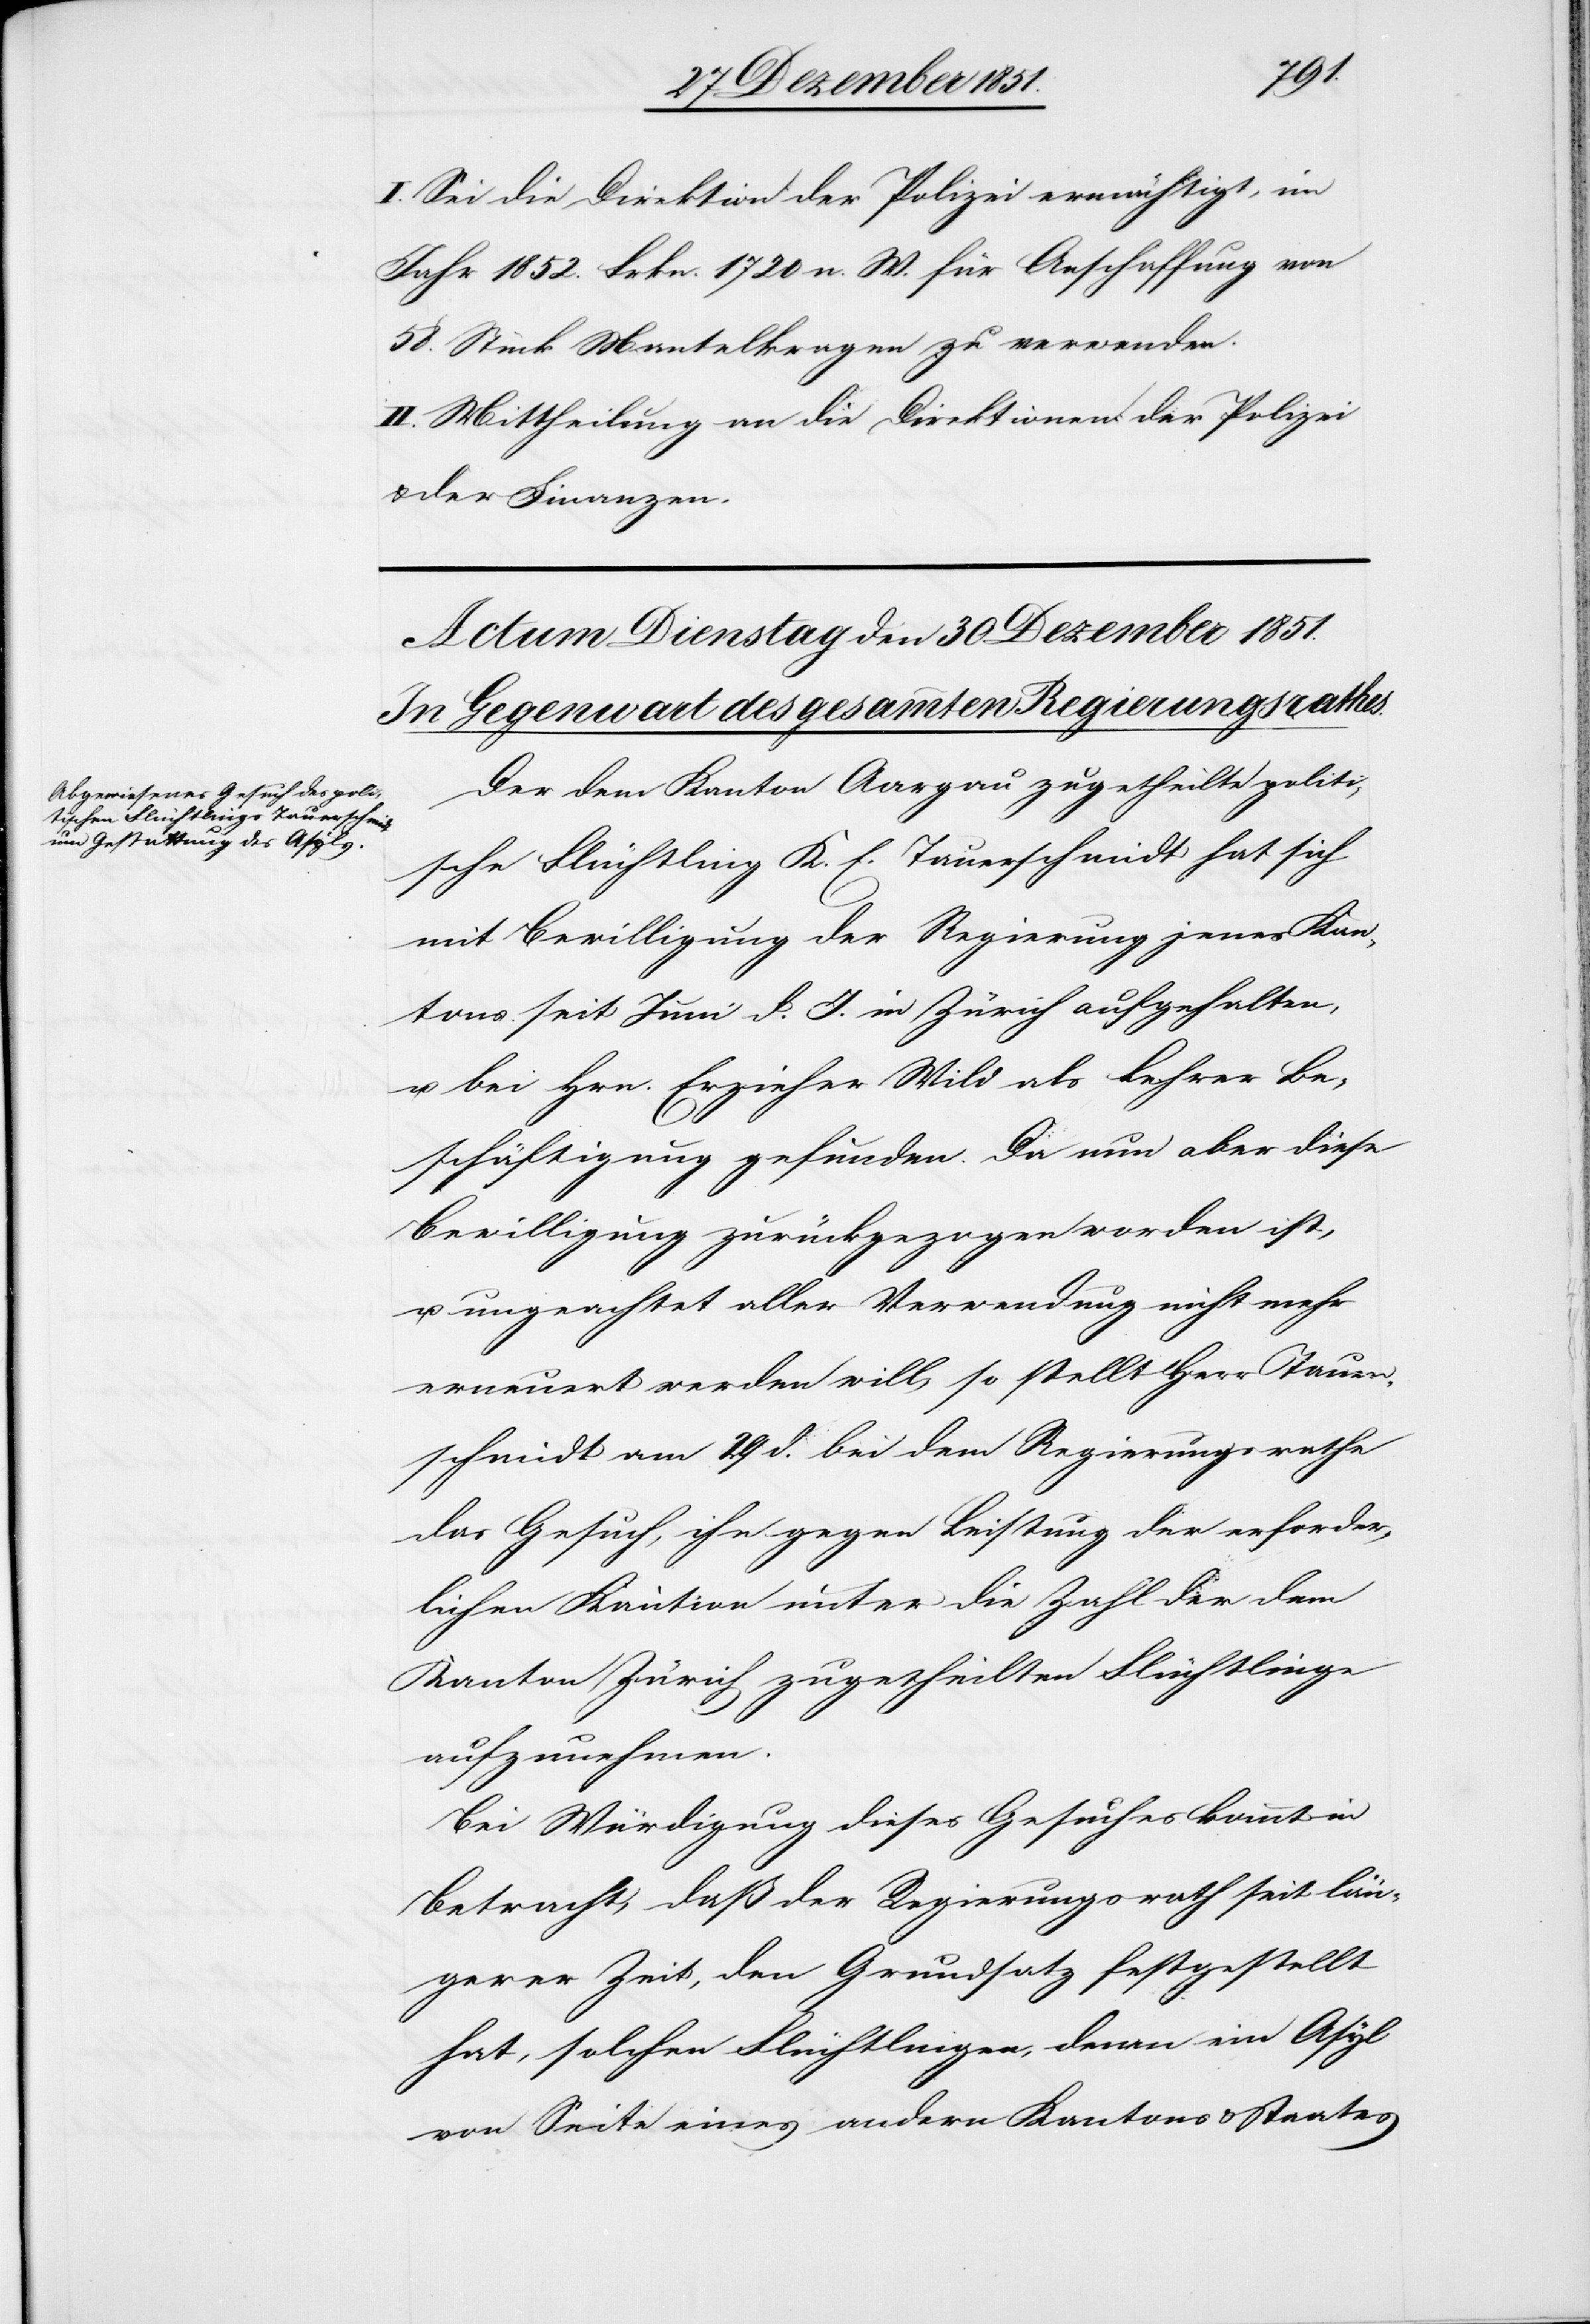
I. Sei die Direktion der Polizei ermächtigt, im
Jahr 1852. Frkn. 1720 n. W. für Anschaffung von
58. Stück Mantelkragen zu verwenden.
II. Mittheilung an die Direktionen der Polizei
& der Finanzen.
Der dem Kanton Aargau zugetheilte politi¬
sche Flüchtling K. E. Tauerschmidt hat sich
mit Bewilligung der Regierung jenes Kan¬
tons seit Juni d. J. in Zürich aufgehalten,
u. bei Hrn. Erzieher Wild als Lehrer Be¬
schäftigung gefunden. Da nun aber diese
Bewilligung zurückgezogen worden ist,
u. ungeachtet aller Verwendung nicht mehr
erneuert werden will, so stellt Herr Tauer¬
schmidt am 29. d. bei dem Regierungsrathe
das Gesuch, ihn gegen Leistung der erforder¬
lichen Kaution unter die Zahl der dem
Kanton Zürich zugetheilten Flüchtlinge
aufzunehmen.
Bei Würdigung dieses Gesuches kommt in
Betracht, daß der Regierungsrath seit län¬
gerer Zeit, den Grundsatz festgestellt
hat, solchen Flüchtlingen, denen ein Asyl
von Seite eines andern Kantons & Staates